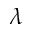
\lambda